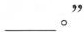
___。”